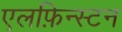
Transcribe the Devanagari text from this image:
एलफ़िन्स्टन